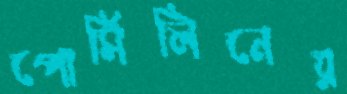
পোর্সিলিনের